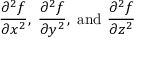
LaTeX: { \frac { \partial ^ { 2 } f } { \partial x ^ { 2 } } } , \; { \frac { \partial ^ { 2 } f } { \partial y ^ { 2 } } } , { \mathrm { ~ a n d ~ } } { \frac { \partial ^ { 2 } f } { \partial z ^ { 2 } } }